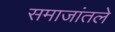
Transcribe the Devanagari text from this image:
समाजांतले